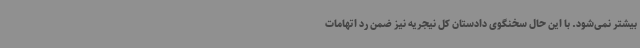
بیشتر نمی‌شود. با این حال سخنگوی دادستان کل نیجریه نیز ضمن رد اتهامات